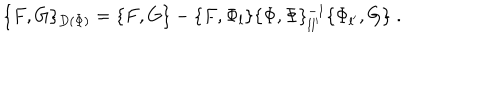
\{ F , G \} _ { D ( \Phi ) } = \{ F , G \} - \{ F , \Phi _ { l } \} \{ \Phi , \Phi \} _ { l l ^ { \prime } } ^ { - 1 } \{ \Phi _ { l ^ { \prime } } , G \} \; .